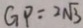
G P : 2 \sqrt { 3 }